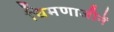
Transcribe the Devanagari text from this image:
चिमणाजीनें